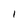
Character: I